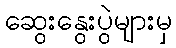
ဆွေးနွေးပွဲများမှ